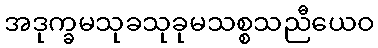
အဒုက္ခမသုခသုခုမသစ္စသညီယေဝ